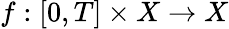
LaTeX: f:[0,T]\times X\to X